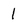
Character: 1